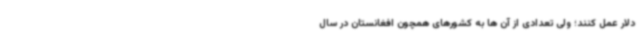
دلار عمل کنند؛ ولی تعدادی از آن ها به کشورهای همچون افغانستان در سال